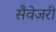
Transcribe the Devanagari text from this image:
सैवेजरी